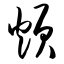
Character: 烦